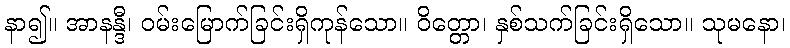
နာ၍။ အာနန္ဒီ၊ ဝမ်းမြောက်ခြင်းရှိကုန်သော။ ဝိတ္တော၊ နှစ်သက်ခြင်းရှိသော။ သုမနော၊